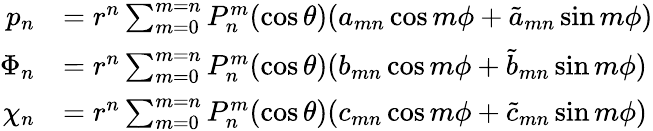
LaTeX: {\begin{array}{rl}{p_{n}}&{=r^{n}\sum_{m=0}^{m=n}P_{n}^{m}(\cos\theta)(a_{mn}\cos m\phi+{\tilde{a}}_{mn}\sin m\phi)}\\ {\Phi_{n}}&{=r^{n}\sum_{m=0}^{m=n}P_{n}^{m}(\cos\theta)(b_{mn}\cos m\phi+{\tilde{b}}_{mn}\sin m\phi)}\\ {\chi_{n}}&{=r^{n}\sum_{m=0}^{m=n}P_{n}^{m}(\cos\theta)(c_{mn}\cos m\phi+{\tilde{c}}_{mn}\sin m\phi)}\end{array}}